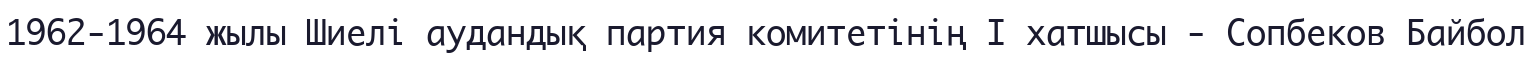
1962-1964 жылы Шиелі аудандық партия комитетінің І хатшысы - Сопбеков Байбол